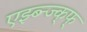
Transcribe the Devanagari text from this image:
एझ्ब्न्ज्क्फ्